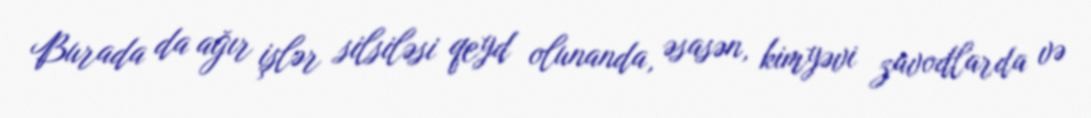
Burada da ağır işlər silsiləsi qeyd olunanda, əsasən, kimyəvi zavodlarda və